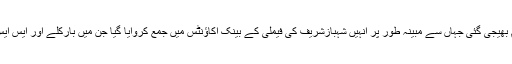
چرائی گئی رقم سب سے پہلے برمنگھم بھیجی گئی جہاں سے مبینہ طور پر انہیں شہبازشریف کی فیملی کے بینک اکاﺅنٹس میں جمع کروایا گیا جن میں بارکلے اور ایس ایس بی سی کے بینک اکاﺅنٹس شامل ہیں ۔